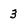
Character: 3